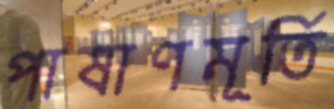
পাষাণমূর্তি